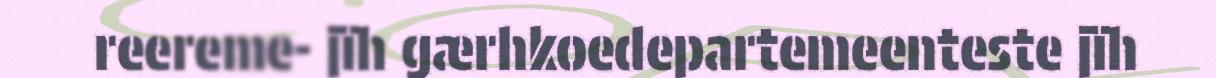
reereme- jïh gærhkoedepartemeenteste jïh